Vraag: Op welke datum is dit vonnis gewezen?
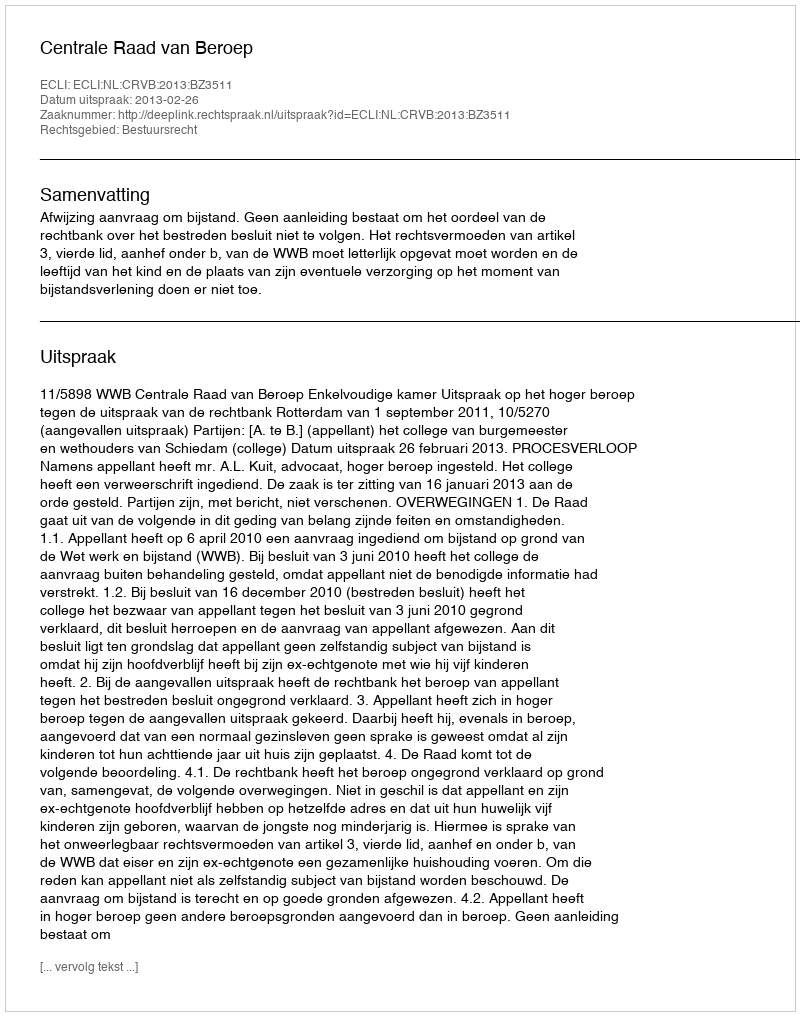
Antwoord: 2013-02-26